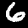
Digit: 6